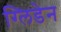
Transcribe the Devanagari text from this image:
ग्लिडेन